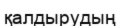
қалдырудың